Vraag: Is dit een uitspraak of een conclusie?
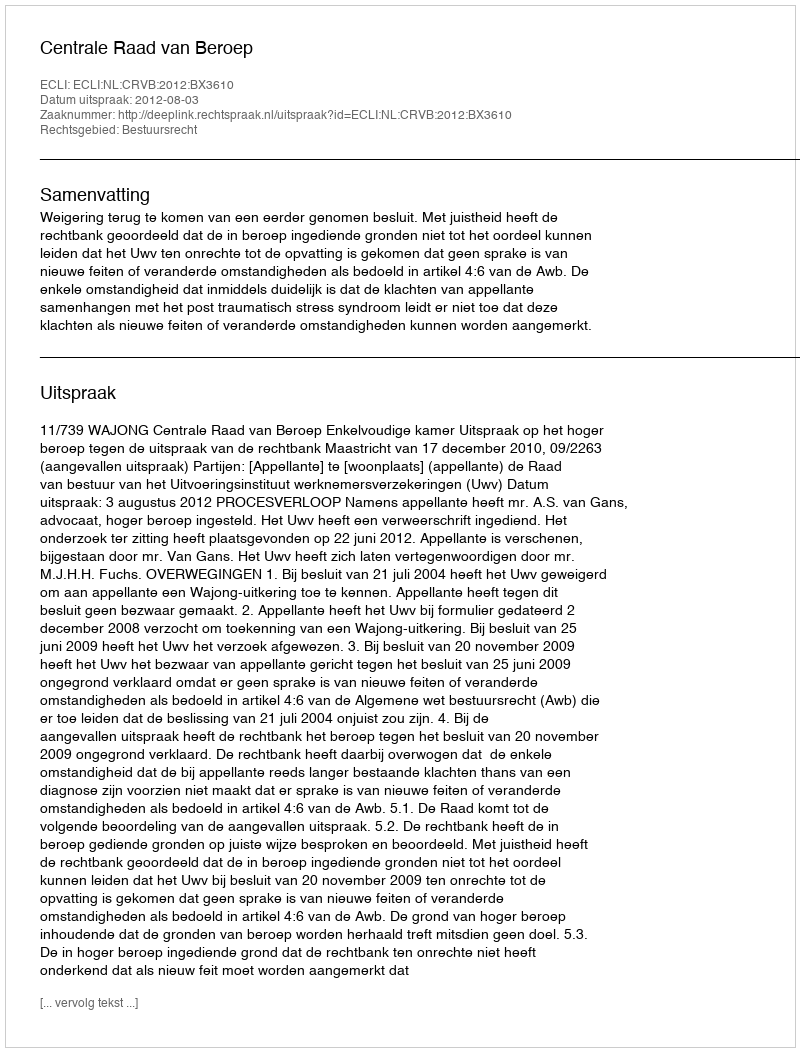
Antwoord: Uitspraak